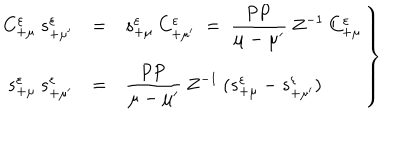
\left. \begin{array} { r c l } { { C _ { + \mu } ^ { \varepsilon } \: s _ { + \mu ^ { \prime } } ^ { \varepsilon } } } & { { = } } & { { s _ { + \mu } ^ { \varepsilon } \: C _ { + \mu ^ { \prime } } ^ { \varepsilon } \; = \; \displaystyle \frac { \mathrm { P P } } { \mu - \mu ^ { \prime } } \: Z ^ { - 1 } \: C _ { + \mu } ^ { \varepsilon } } } \\ { { s _ { + \mu } ^ { \varepsilon } \: s _ { + \mu ^ { \prime } } ^ { \varepsilon } } } & { { = } } & { { \displaystyle \frac { \mathrm { P P } } { \mu - \mu ^ { \prime } } \: Z ^ { - 1 } \: ( s _ { + \mu } ^ { \varepsilon } - s _ { + \mu ^ { \prime } } ^ { \varepsilon } ) } } \\ \end{array} \right\}